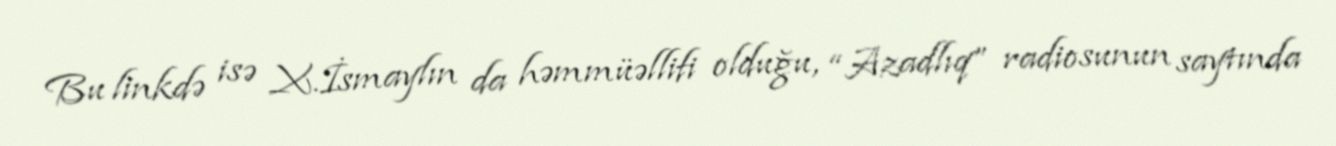
Bu linkdə isə X.İsmaylın da həmmüəllifi olduğu, “Azadlıq” radiosunun saytında